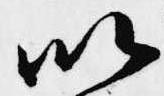
以